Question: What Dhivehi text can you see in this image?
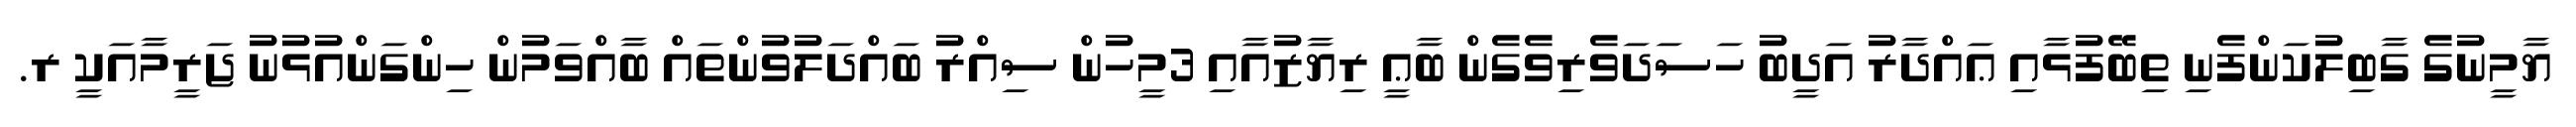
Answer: ޔާމީނުގެ ގާބިލުކަންފެނި ތިބޭފުޅާއި ޢައްދާރު އަދީބު ހަސަދަވެރިވެގެން ބާޢީ ރިޔާޒުއާއި 3މީހުން ސިއްރު ބައްދަލުވުންތައް ބާއްވަމުން ހިންގަންއުޅުނު ޖަރީމާއަކީ ރ.